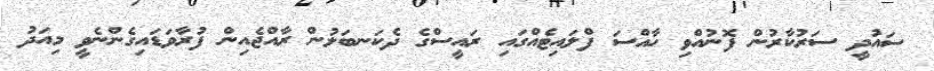
ސައުދީ ސަރުކާރުން ފޮނުއްވި ހާއްސަ ފްލައިޓެއްގައި ރައީސްގެ ދެކަނބަލުން ރާއްޖެއިން ފުރާވަޑައިގެންނެވީ މިއަދު